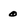
Character: 0